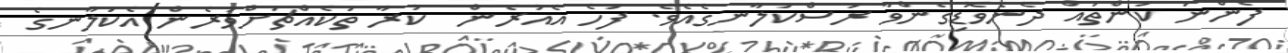
ފެންނަ ކަންތައް ދެނެވޮޑިގެންވާ ރަސްކަލާނގެއެވެ. ފަހެ އެއުރެން  ކުރާ ތަކެއްޗަށްވުރެން އެކަލާނގެ